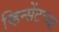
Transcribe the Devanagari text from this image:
व्हिन्सेंटच्या